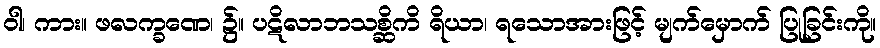
ဝါ၊ ကား။ ဖလက္ခဏေ၊ ၌။ ပဋိလာဘသစ္ဆိကိ ရိယာ၊ ရသောအားဖြင့် မျက်မှောက် ပြုခြင်းကို။